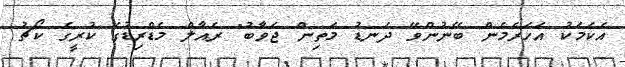
އެކަމަކު އަހަރެމެން ބޭނުންވޭ ދަނޑު މަތިން ޖަވާބު" ރެއާލް މެޑްރިޑުގެ ކުރީގެ ކޯޗު